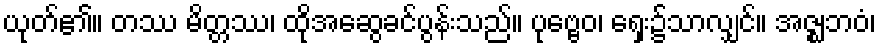
ယုတ်၏။ တဿ မိတ္တဿ၊ ထိုအဆွေခင်ပွန်းသည်။ ပုဗ္ဗေဝ၊ ရှေး၌သာလျှင်။ အဇ္ဈဘဝံ၊